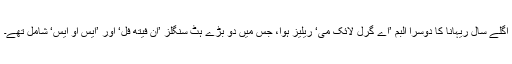
اگلے سال ریہانا کا دوسرا البم ’اے گرل لائک می‘ ریلیز ہوا، جس میں دو بڑے ہٹ سنگلز ’اَن فیتھ فل‘ اور ’ایس او ایس‘ شامل تھے۔